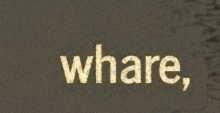
whare,